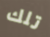
تلك